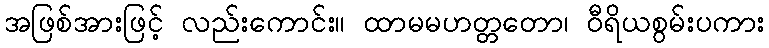
အဖြစ်အားဖြင့် လည်းကောင်း။ ထာမမဟတ္တတော၊ ဝီရိယစွမ်းပကား